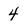
Character: 4